Vital statistics of India. Vol. VI, European troops 1870-79
Year: 1870
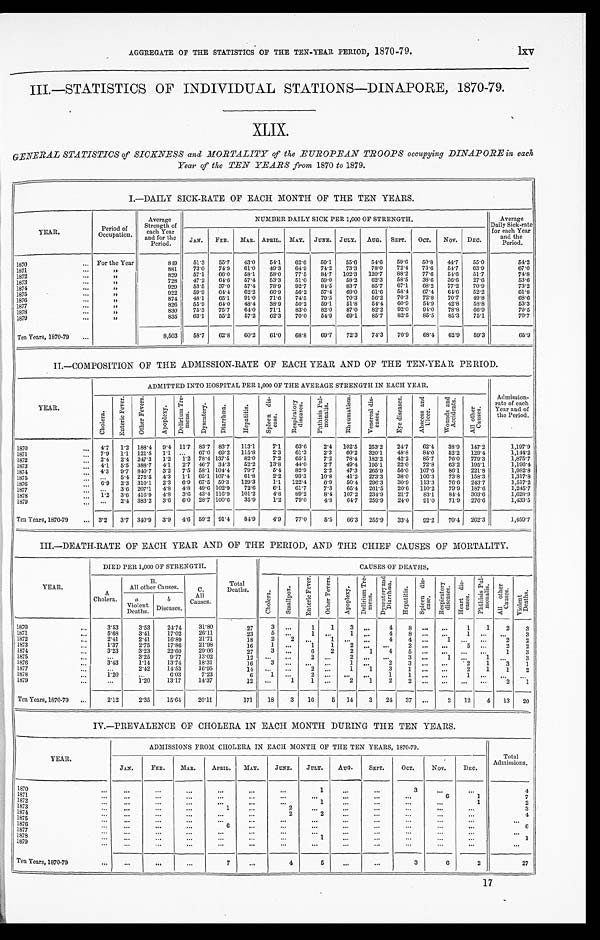
lxv
AGGREGATE OF THE STATISTICS OF THE TEN-YEAR PERIOD, 1870-79.
III.—STATISTICS OF INDIVIDUAL STATIONS—DINAPORE, 1870-79.
XLIX.
GENER AL STATISTICS of SICKNESS and MORTALITY of the EUROPEAN TROOPS occupying DINAPORE in each
Year of the TEN YEARS from 1870 to 1879.
I.—DAILY SICK-RATE OF EACH MONTH OF THE TEN YEARS.
YEAR.
Period of
Occupation.
Average
Strength of
each Year
and for the
Period.
NUMBER DAILY SICK PER 1,000 OF STRENGTH.
Average
Daily Sick-rate
for each Year
and the
Period.
JAN.
FEB.
MAR. APRIL. MAY. JUNE. JULY.
AUG.
SEPT.
OCT.
NOV. DEC.
1870
... For the Year
849
51.3
55.7
43.0
54.1
62.6
59.1
55.6
54.6
59.6
50.8
44.7
55.0
54.2
1871
...
„
881
73.0
74.9
61.0
49.3
64.9
74.2
73.3
78.0
72.4
73.6
54.7
63.9
67.0
1872
. . .
„
829
57.1
66.0
58.1
58.0
77.5
84.7
102.3
1 2 0 . 7
8 8 . 2 77.6
54.6
51.7
74.8
1873
. . .
„
728
47.2
64.6
57.4
53.3
51.0
59.0
58.2
62.3
58.5
38.6
36.6
27.6
53.6
1874
. . .
„
929
53.5
37.0
57.4
78.9
92.7
84.5
83.7
85.7
67.1
68.2
77.2
70.9
73.2
1875
. . .
„
922
59.9
64.4
6 2 . 2
66.9
56.2
57.4
69.0
6 1 . 6
5 8 . 4 67.4
6 4 . 6
5 2 . 2
61.8
1876
. . .
„
874
48.1
65.1
91.0
71.6
74.5
79.5
70.3
56.2
70.3
72.8
70.7
49.8
68.6
1877
. . .
„
826
55.9
64.0
48.4
38.9
50.2
59.1
51.8
54.4
60.9
54.9
42.8
58.8
53.3
1878
. . .
„
830
75.3
75.7
64.0
71.1
83.0
82.0
87.0
82.2
92.0
94.0
78.8
66.9
79.5
1879
. . .
„
835
63.1
55.2
57.2
62.3
70.0
54.9
69.1
85.7
8 2 . 5 85.5
85.3
75.1
70.7
Ten Years, 1870-79
...
8,503
58.7
62.8
60.2
61.0
68.8
69.7
72.3
74.3
70.9
68.4
62.9
59.3
65.9
II.—COMPOSITION OF THE ADMISSION-RATE OF EACH YEAR AND OF THE TEN-YEAR PERIOD.
YEAR.
ADMITTED INTO HOSPITAL PER 1,000 OF THE AVERAGE STRENGTH IN EACH YEAR.
Admission-
rate of each
Year and of
the Period.
C h o l e r a .
E n t e r i c F e v e r .
O t h e r F e v e r s .
A p o p l e x y .
D e l i r i u m T r e
m e n s .
D y s e n t e r y .
D i a r r h œ a .
H e p a t i t i s .
S p l e e n d i s -
e a s e .
R e s p i r a t o r y
d i s e a s e s .
Pht hi si s Pul -
monalis.
R h e u m a t i s m .
V e n e r e a l d i s -
e a s e s .
E y e d i s e a s e s .
A b s c e s s a n d
U l c e r .
W o u n d s a n d
A c c i d e n t s .
Al l o t h e r
Ca us e s .
1870
. . . 4.7
1.2 188.4
9.4 11.7 83.7 83.7
113.1
7.1
63.6
2.4 102.5
253.2
24.7
62.4
38.9
147.2
1,197.9
1871
. . . 7.9
1.1 121.5 1.1 ...
67.0 69.2
115.8
2.3
61.3
2.3
60.2
320.1
48.8
84.0
52.2
129.4
1,144.2
1872
...
2.4
2.4 247.3
1.2
1.2 78.4 137.5
82.0
7.2
65.1
7.2
78.4
182.2
42.2
85.7
76.0
779 . 3
1,875.7
1873
...
4.1
5.5 388.7
4.1
2.7 46.7 34.3
52.2
13.8
44.0
2.7
49.4
195.1
22.0
72.8
63.2
195.1
1,196.4
1874
. . . 4.3
9.7 840.7 3.2
7.5 58.1 104.4
79.7
5.4
82.9
2.2
47.3
265.9
56.0
107.6
86.1
221.8
1,982.8
1875
. . . ...
5.4 275.5
4.3
1.1 65.1 107.4
61.8
2.2
93.3
10.8
41.2
273.3
38.0
106.3
73.8
158.3
1,317.8
1876
...
6.9
2.3 310.1
2.3
6.9 67.5 50.3
129.3
1.1
122.4
6.9
50.4
296.3
30.9
113.3
76.6
243.7
1,517.2
1877
. . .
. . .
3.6 207.1
4.8
4.8 49.6 102.9
72.6
6.1
61.7
7.3
65.4
261.5
20.6
110.2
79.9
187.6
1,245.7
1878
...
1.2
3.6 416.9 4.8
3.6 43.4 116.9
101.2
4.8
89.2
8.4
107.2
234.9
21.7
83.1
84.4
303.6
1,628.9
1879
...
. . .
2.4 383.2
3.6
6.0 28.7 100.6
35.9
1.2
79.0
4.8
64.7
259.9
24.0
91.0
71.9
276.6
1,433.5
Ten Years, 1870-79
... 3.2
3.7
3 4 0 . 9
340. 9 4.6 59.2 91.4
84.9
4.9
77.0
5.5
66.3
255.9
33.4
92.2
70.4
262.3
1,459.7
III.—DEATH-RATE OF EACH YEAR AND OF THE PERIOD, AND THE CHIEF CAUSES OF MORTALITY.
YEAR.
DIED PER 1,000 OF STRENGTH.
Total
Deaths.
CAUSES OF DEATHS.
A
Cholera.
B.
All other Causes.
C.
All
Causes.
C h o l e r a .
S m a l l p o x .
E n t e r i c F e v e r .
O t h e r F e v e r s .
A p o p l e x y .
D e l i r i u m T r e -
m e n s .
D y s e n t e r y a n d
D i a r r h œ a .
H e p a t i t i s .
S p l e e n d i s -
e a s e .
R e s p i r a t o r y
d i s e a s e s .
He a r t d i s -
eases.
P h t h i s i s P u l -
m o n a l i s .
A l l o t h e r
C a u s e s .
V i o l e n t
D e a t h s .
a
Violent
Deaths.
b
Diseases.
1870
...
3.53
3.53
24.74
31.80
27
3
. . .
1
1
3
...
4
8 ... ...
1
1
2
3
1871
. . .
5.68
3.41
17.02
26.11
23
5
. . .
1
. . .
1 ...
4
8
...
...
1 ...
...
3
1872
. . .
2.41
2.41
16.89
21.71
18
2
2
...
1 ...
. . .
4
4
...
1
. . .
. . .
2
2
1873
...
1.37
2.75
17.86
21.98
16
1
...
1
1
2
. . .
. . .
2 ...
. . .
5
. . .
2
2
1874
...
3.23
3.23
22.60
29.06
27
3
...
6
2
2
1
4
5 ...
. . .
. . .
. . .
1
3
1875
...
. . .
3.25
9.77
13.02
1 2
. . .
. . .
2
. . .
2
. . .
. . .
3 ...
1 ...
1
. . .
3
1876
. . .
3 . 4 3
1.14
13.74
18.31
16
3
. . .
...
...
1 ...
2
3
...
...
2
1
3
1
1877
. . .
. . .
2.42
14.53
16.95
1 4
. . .
. . .
2
...
1
1
3
1 ... ...
2
1
1
2
1878
...
1.20
. . .
6.03
7.23
6
1
...
2
. . . ...
. . .
1
1 ...
...
1
. . .
. . .
. . .
1879
...
. . .
1.20
13.17
14.37
12
. . .
1
1
...
2
1
2
2 ... ...
. . .
. . .
2
1
Ten Years, 1870-79
. . .
2.12
2.35
15.64
20.11
171
18
3
16
5
14
3
24
37
...
2
12
4
13
20
IV.—PREVALENCE OF CHOLERA IN EACH MONTH DURING THE TEN YEARS.
YEAR.
ADMISSIONS FROM CHOLERA IN EACH MONTH OF THE TEN YEARS, 1870-79.
Total
Admissions.
JAN.
FEB.
MAR.
APRIL.
MAY.
JUNE.
JULY.
AUG.
SEPT.
OCT.
NOV.
DEC.
1870
...
...
...
. . .
...
. . .
...
1
. . .
...
3
...
...
4
1871
. . .
...
. . .
. . .
...
. . .
. . .
...
...
. . .
. . .
6
1
7
1872
. . .
. . .
. . .
...
...
. . .
. . .
1
...
...
. . .
...
1
2
1873
. . .
...
. . .
. . .
1
. . .
2
...
...
. . .
. . .
...
. . .
3
1874
. . .
...
...
. . .
. . .
2
2
...
. . .
. . .
...
. . .
4
1875
...
...
. . .
. . .
...
. . .
. . .
...
...
. . .
. . .
...
. . .
. . .
1876
. . .
...
. . .
. . .
6
. . .
. . .
...
. . .
. . .
. . .
...
...
6
1877
...
...
...
...
. . .
...
...
...
...
...
... ...
...
. . .
1878
...
...
. . .
. . .
...
...
...
1
. . .
. . .
. . .
...
. . .
1
1879
. . .
. . .
. . .
...
...
...
. . .
1
...
...
...
...
...
. . .
Ten Years, 1870-79
. . .
. . .
. . .
. . .
7
...
4
5
. . .
. . .
3 6
2
27
17